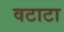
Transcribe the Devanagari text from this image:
वटाटा